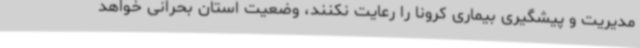
مدیریت و پیشگیری بیماری کرونا را رعایت نکنند، وضعیت استان بحرانی خواهد